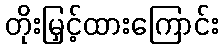
တိုးမြှင့်ထားကြောင်း